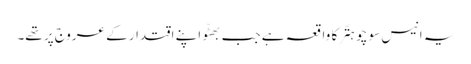
یہ انیس سو چوہتّر کا واقعہ ہے جب بھٹّو اپنے اقتدار کے عروج پر تھے۔